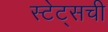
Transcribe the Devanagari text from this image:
स्टेट्‌सची